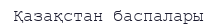
Қазақстан баспалары